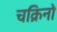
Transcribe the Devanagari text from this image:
चक्रिनो